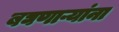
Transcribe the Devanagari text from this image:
बघणाऱ्यांना